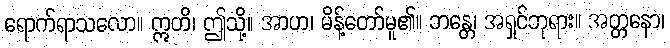
ရောက်ရာသလော။ ဣတိ၊ ဤသို့။ အာဟ၊ မိန့်တော်မူ၏။ ဘန္တေ၊ အရှင်ဘုရား။ အတ္တနော၊